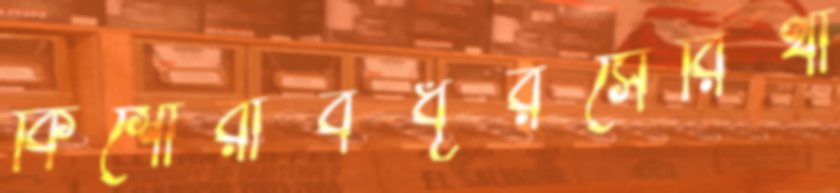
কিশোরীবধূরসেরিথা